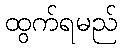
ထွက်ရမည်